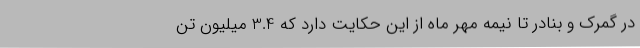
در گمرک و بنادر تا نیمه مهر ماه از این حکایت دارد که 3.4 میلیون تن